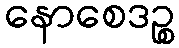
နောစေဒဉ္စ